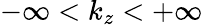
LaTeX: -\infty<k_{z}<+\infty